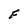
Character: F